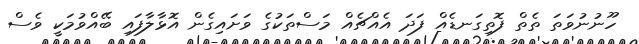
ހޫނުނުވަތަ ތެތް ފޮތިގަނޑެއް ފަދަ އެއްޗެއް މަސްތަކުގެ ވަށައިގެން އޮޅާލާފައި ބޭއްވުމަކީ ވެސް